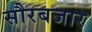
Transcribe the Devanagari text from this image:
सौरबजार